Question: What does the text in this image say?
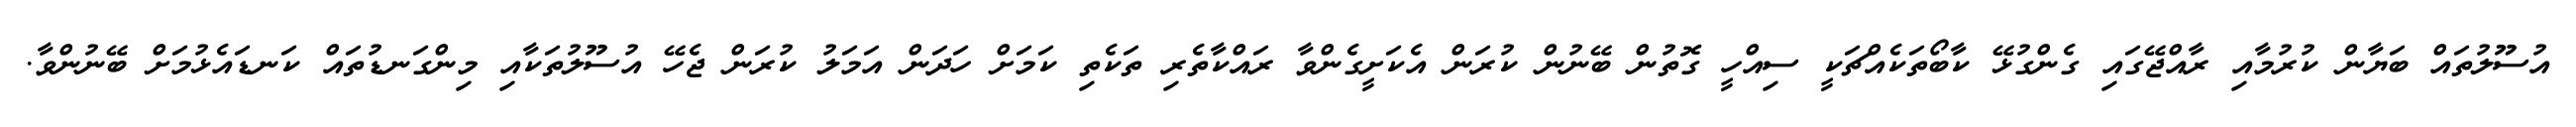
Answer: އުސޫލުތައް ބަޔާން ކުރުމާއި ރާއްޖޭގައި ގެންގުޅޭ ކާބޯތަކެއްޗަކީ ސިއްހީ ގޮތުން ބޭނުން ކުރަން އެކަށީގެންވާ ރައްކާތެރި ތަކެތި ކަމަށް ހަދަން އަމަލު ކުރަން ޖެހޭ އުސޫލުތަކާއި މިންގަނޑުތައް ކަނޑައެޅުމަށް ބޭނުންވާ.